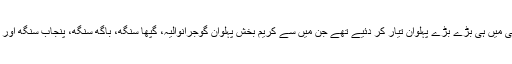
یہ اسی کا کمال تھا کہ اس نے اپنی زندگی میں ہی بڑے بڑے پہلوان تیار کر دئیے تھے جن میں سے کریم بخش پہلوان گوجرانوالیہ، گپھا سنگھ، باگھ سنگھ، پنجاب سنگھ اور ان کا اپنا فرزند رحیم بخش قابل ذکر ہیں۔